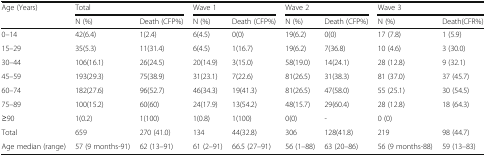
<table><thead><tr><td rowspan="2"><b>Age (Years)</b></td><td colspan="2"><b>Total</b></td><td colspan="2"><b>Wave 1</b></td><td colspan="2"><b>Wave 2</b></td><td colspan="2"><b>Wave 3</b></td></tr><tr><td><b>N (%)</b></td><td><b>Death (CFP%)</b></td><td><b>N (%)</b></td><td><b>Death (CFP%)</b></td><td><b>N (%)</b></td><td><b>Death (CFP%)</b></td><td><b>N (%)</b></td><td><b>Death(CFR%)</b></td></tr></thead><tbody><tr><td>0–14</td><td>42(6.4)</td><td>1(2.4)</td><td>6(4.5)</td><td>0(0)</td><td>19(6.2)</td><td>0(0)</td><td>17 (7.8)</td><td>1 (5.9)</td></tr><tr><td>15–29</td><td>35(5.3)</td><td>11(31.4)</td><td>6(4.5)</td><td>1(16.7)</td><td>19(6.2)</td><td>7(36.8)</td><td>10 (4.6)</td><td>3 (30.0)</td></tr><tr><td>30–44</td><td>106(16.1)</td><td>26(24.5)</td><td>20(14.9)</td><td>3(15.0)</td><td>58(19.0)</td><td>14(24.1)</td><td>28 (12.8)</td><td>9 (32.1)</td></tr><tr><td>45–59</td><td>193(29.3)</td><td>75(38.9)</td><td>31(23.1)</td><td>7(22.6)</td><td>81(26.5)</td><td>31(38.3)</td><td>81 (37.0)</td><td>37 (45.7)</td></tr><tr><td>60–74</td><td>182(27.6)</td><td>96(52.7)</td><td>46(34.3)</td><td>19(41.3)</td><td>81(26.5)</td><td>47(58.0)</td><td>55 (25.1)</td><td>30 (54.5)</td></tr><tr><td>75–89</td><td>100(15.2)</td><td>60(60)</td><td>24(17.9)</td><td>13(54.2)</td><td>48(15.7)</td><td>29(60.4)</td><td>28 (12.8)</td><td>18 (64.3)</td></tr><tr><td>≥90</td><td>1(0.2)</td><td>1(100)</td><td>1(0.8)</td><td>1(100)</td><td>0(0)</td><td>-</td><td>0 (0)</td><td></td></tr><tr><td>Total</td><td>659</td><td>270 (41.0)</td><td>134</td><td>44(32.8)</td><td>306</td><td>128(41.8)</td><td>219</td><td>98 (44.7)</td></tr><tr><td>Age median (range)</td><td>57 (9 months-91)</td><td>62 (13–91)</td><td>61 (2–91)</td><td>66.5 (27–91)</td><td>56 (1–88)</td><td>63 (20–86)</td><td>56 (9 months-88)</td><td>59 (13–83)</td></tr></tbody></table>